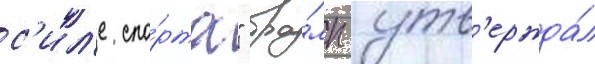
с'ил'е спо́рта" тра́мп утв'ержда́л